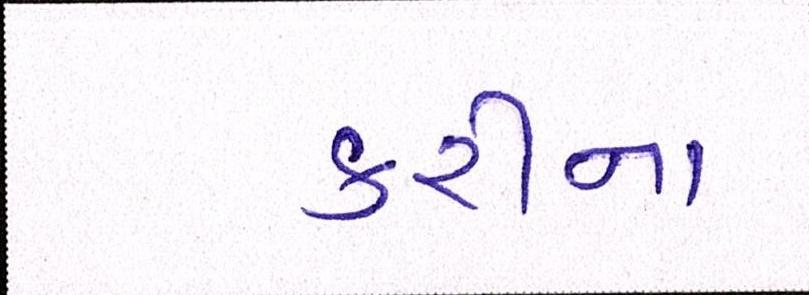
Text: કરીના